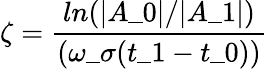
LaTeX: \zeta=\frac{ln(|A\_ 0|/|A\_ 1|)}{(\omega\_ \sigma(t\_ 1-t\_ 0))}